Lunatic asylums Central Provinces reports 1910-1926 - 1910-1926
Year: 1910
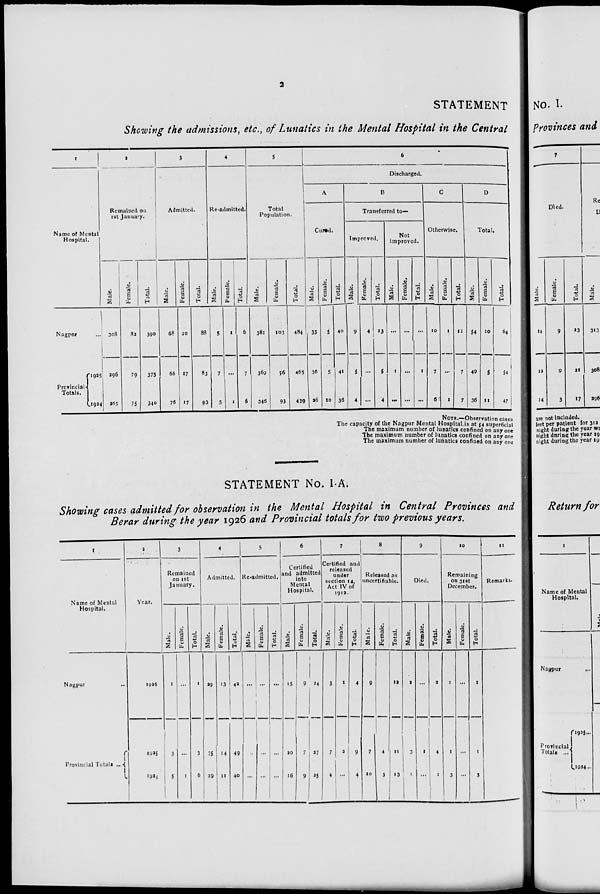
2
STATEMENT
Showing the admissions, etc., of Lunatics in the Mental Hospital in the Central
1
Name of Mental
Hospital.
Nagpur ...
Provincial
Totals.
1925
1924
2
Remained on
1st January.
Male.
308
296
265
Female.
82
79
75
Total.
390
375
340
3
Admitted.
Male.
68
66
76
Female.
20
17
17
Total.
88
83
93
4
Re-admitted.
Male.
5
7
5
Female.
1
...
1
Total.
6
7
6
5
Total
Population.
Male.
381
369
346
Female.
103
96
93
Total.
484
465
439
6
Discharged.
A
Cured.
Male.
35
36
26
Female.
5
5
10
Total.
40
41
36
B
Transferred to—
Improved.
Male.
9
5
4
Female.
4
...
...
Total.
13
5
4
Not
improved.
Male.
...
1
...
Female.
...
...
...
Total.
...
1
...
C
Otherwise.
Male.
10
7
6
Female.
1
...
1
Total.
11
7
7
D
Total.
Male.
54
49
36
Female.
10
5
11
Total.
64
54
47
NOTE.—Observation cases
The capacity of the Nagpur Mental Hospital is at 54 superficial
The maximum number of lunatics confined on any one
The maximum number of lunatics confined on any one
The maximum number of lunatics confined on any one
STATEMENT No. I-A.
Showing cases admitted for observation in the Mental Hospital in Central Provinces and
Berar during the year 1926 and Provincial totals for two previous years.
1
Name of Mental
Hospital.
Nagpur ...
Provincial Totals ...
2
Year.
1926
1925
1924
3
Remained
on 1st
January.
Male.
1
3
5
Female.
...
...
1
Total.
1
3
6
4
Admitted.
Male.
29
35
29
Female.
13
14
11
Total.
42
49
40
5
Re-admitted.
Male.
...
...
...
Female.
...
...
...
Total.
...
...
...
6
Certified
and admitted
into
Mental
Hospital.
Male.
15
20
16
Female.
9
7
9
Total.
24
27
25
7
Certified and
released
under
section 14,
Act IV of
1912.
Male.
3
7
4
Female.
1
2
...
Total.
4
9
4
8
Released as
uncertifiable.
Male.
9
7
10
Female.
3
4
3
Total.
12
11
13
9
Died.
Male.
2
3
1
Female.
...
1
...
Total.
2
4
1
10
Remaining
on 31st
December.
Male.
1
1
3
Female.
...
...
...
Total.
1
1
3
11
Remarks.